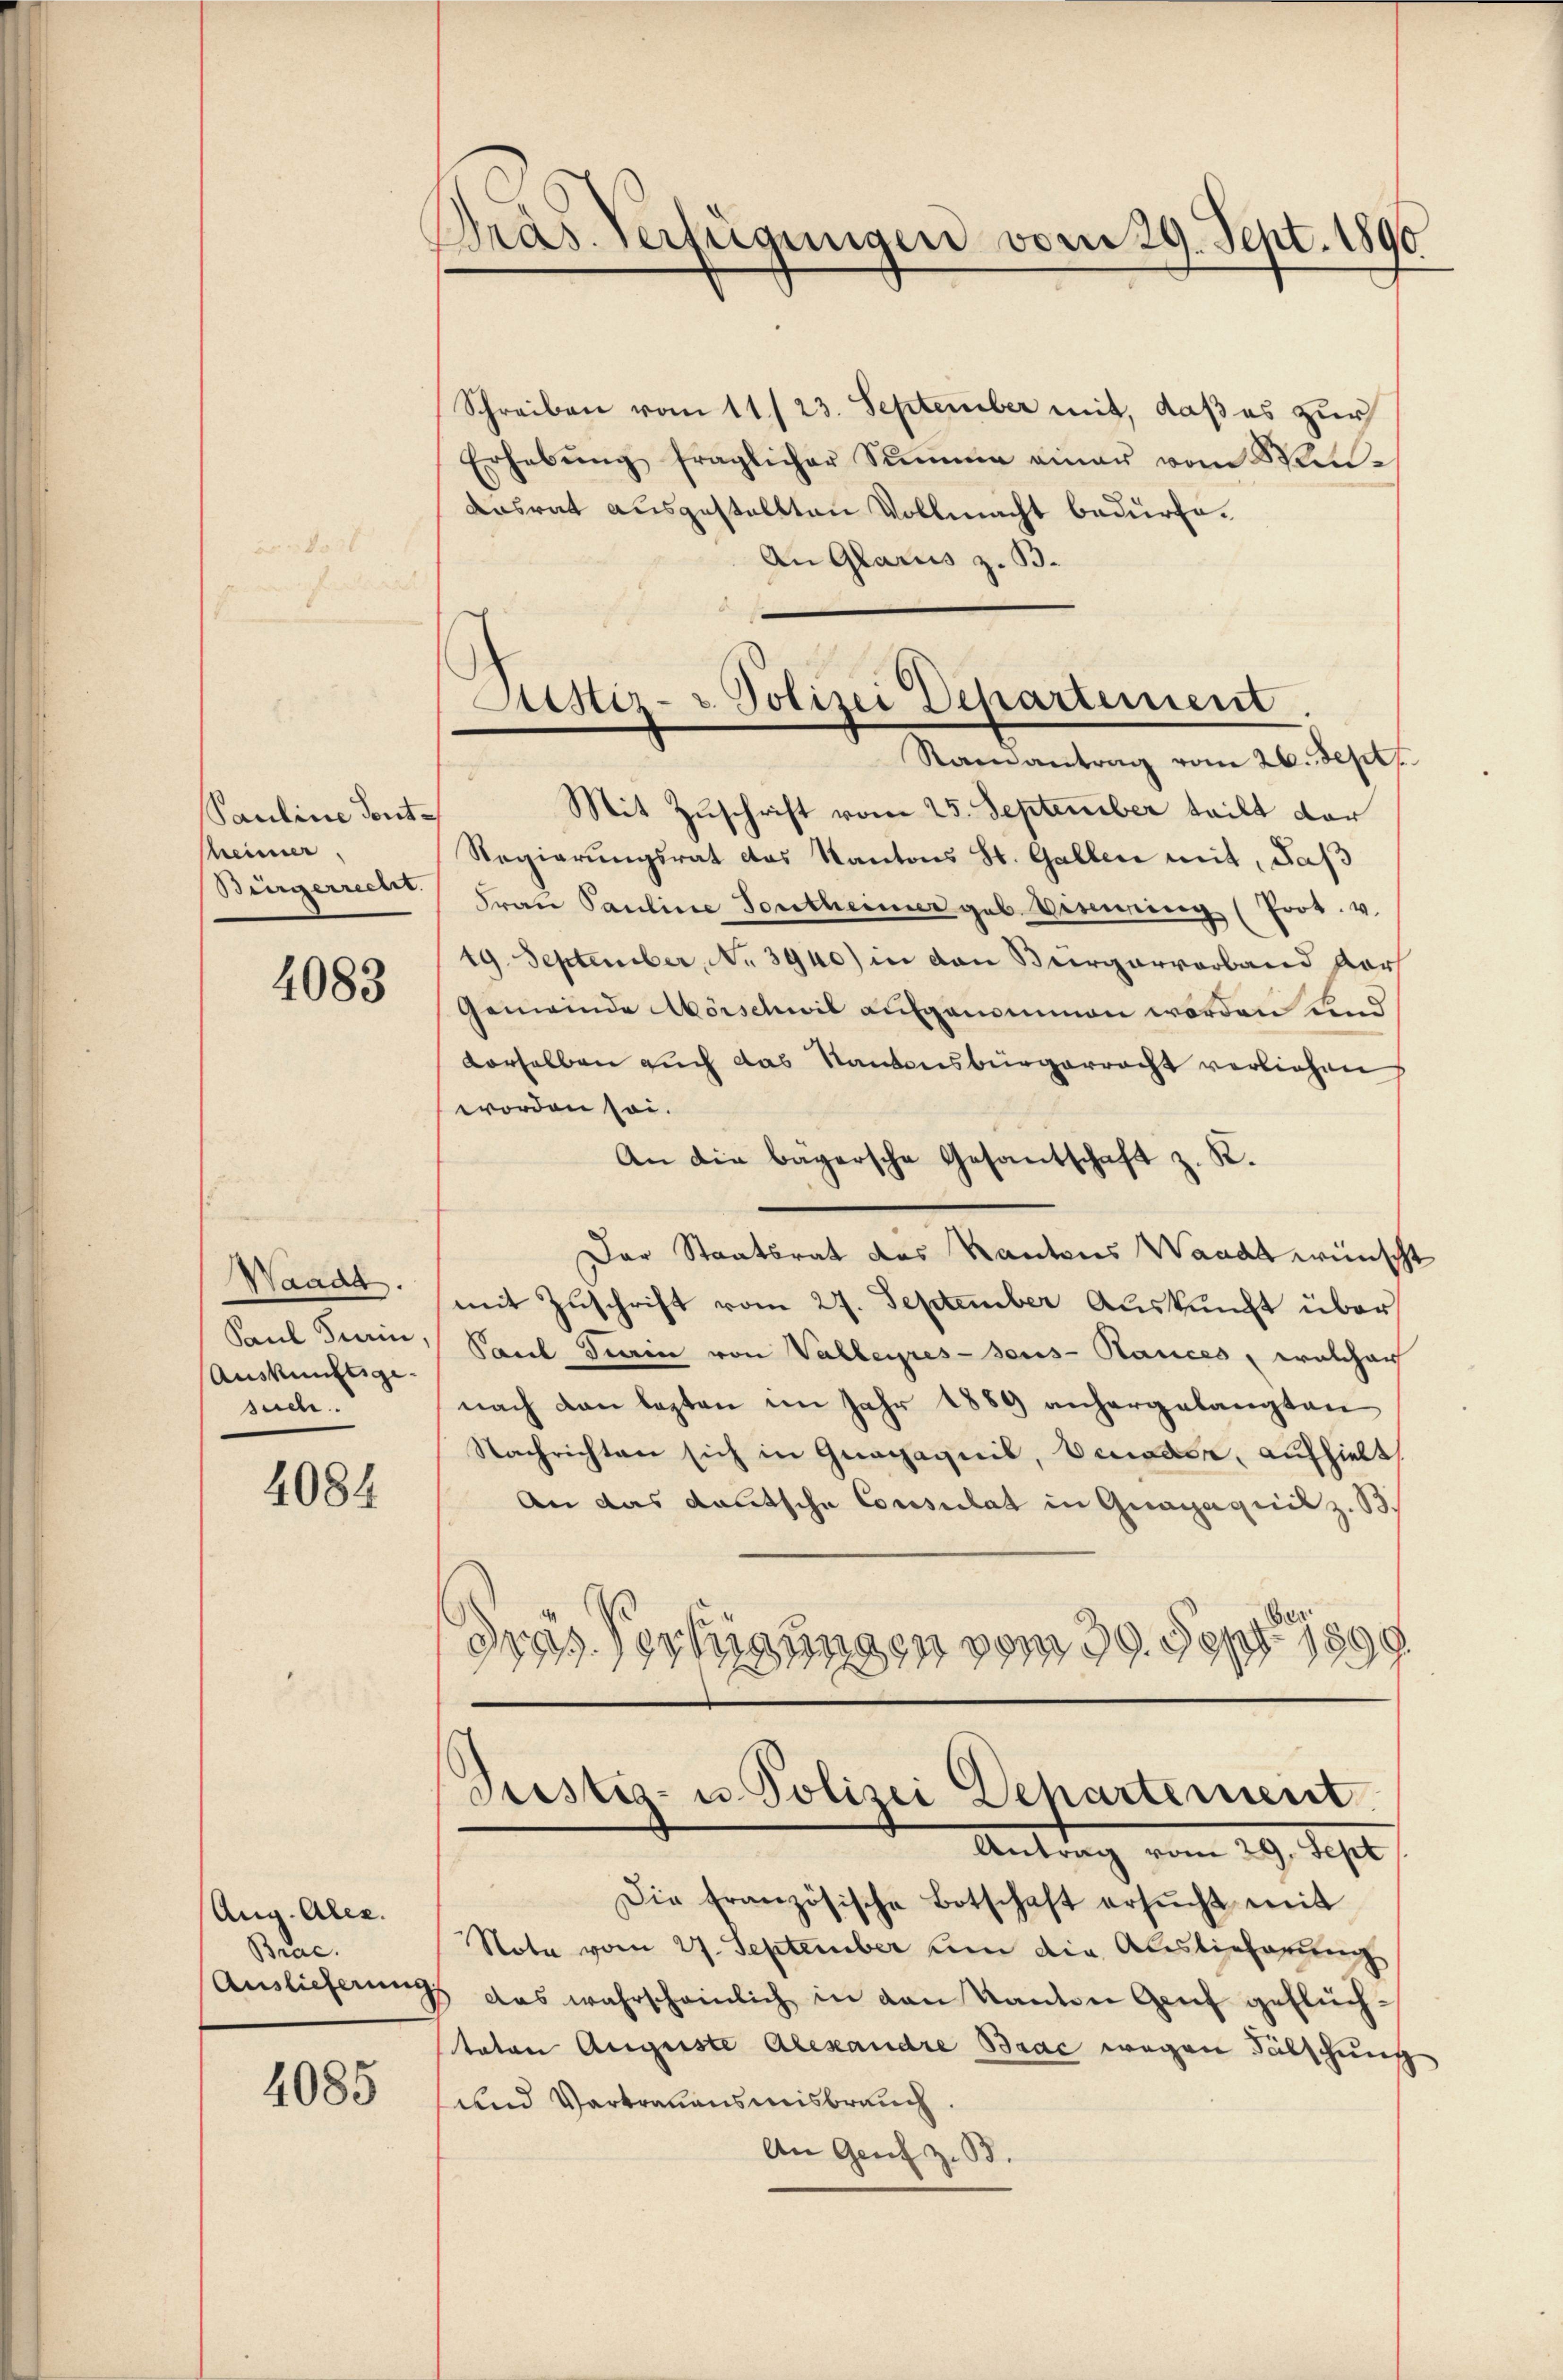
Pauline dont
Mheimer,
Bürgerrecht.

4083

Waadt.
Auskunftsge-
seiche.

4084

Ung. Alex.
Brac.
Auslieferung

4085

Präs. verfügungen vom 29. Sept. 1890

Schreiben vom 11/23. September mit, daß es zur
Erhebŭng fraglicher Summe einer vom Wein-
Aasrat ausgestellten Vollmacht bedürfe.
An Glarus z. B.

Justiz- u. Polizei Departement.
Ramantrag vom 26. Sept.
Mit Zuschrift vom 25. September teilt der

Regierungsrat das Kantons St. Gallen mit, daß
Frau Pauline Tontheimer geb. Vising (Poot. v.
19. September, No 3940) in den Bürgervarband dar
Gemeinde Morschwil aufgenommen worden und
derselben auch das Kantonsbürgerracht verliehen,
worden sei.
An die bägersche Gesantschaft z. K.
Der Staatsrat des Kantons Waadt wünscht
mit Zuschrift vom 27. September Auskunft über
Seul Tierin, Sant Turin von Valleyres-seus-Rances, welcherh
nach den lezten im Jahr 1889 anhergelangten
Nachrichten sich in Gragaquil, Verwach, aufhielt,
An das deutsche Consulat in Quaiaquit z. B.
dres Vertigungen vom 29. Sept. 1899.

Pristis- u. Polizei Dehartement
Antrag vom 29. Sept

Die französische Botschaft ersŭcht mit
Note vom 27. September um die Auslieferung
B. Das wahrscheinlich in den Kanton Genf geflüchtaten Augeste Alexandre Brac wegen Fälschung
und Vertrauensmisbrauch.
An Genf z. B.